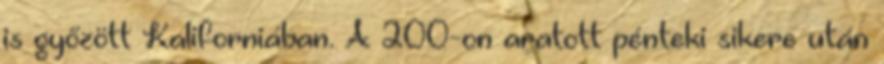
is győzött Kaliforniában. A 200-on aratott pénteki sikere után